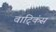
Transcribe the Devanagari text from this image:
वाट्किंस